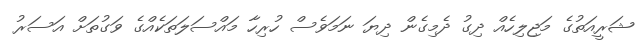
ޝަރީއަތުގެ މަޖިލިހެއް ދިގު ދެމިގެން ދިޔަ ނަމަވެސް ހުރިހާ މައްސަލަތަކެއްގެ ވަގުތަށް އަސަރު